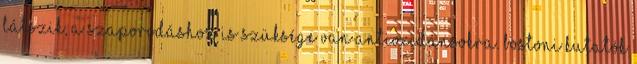
látszik, a szaporodáshoz is szüksége van antioxidánsokra. Bostoni kutatók